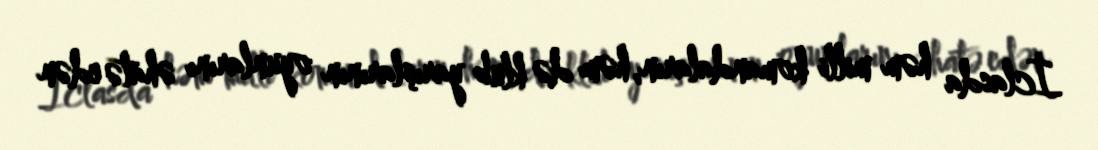
İclasda həm milli komandaların, həm də klub yarışlarının oyunlarını əhatə edən